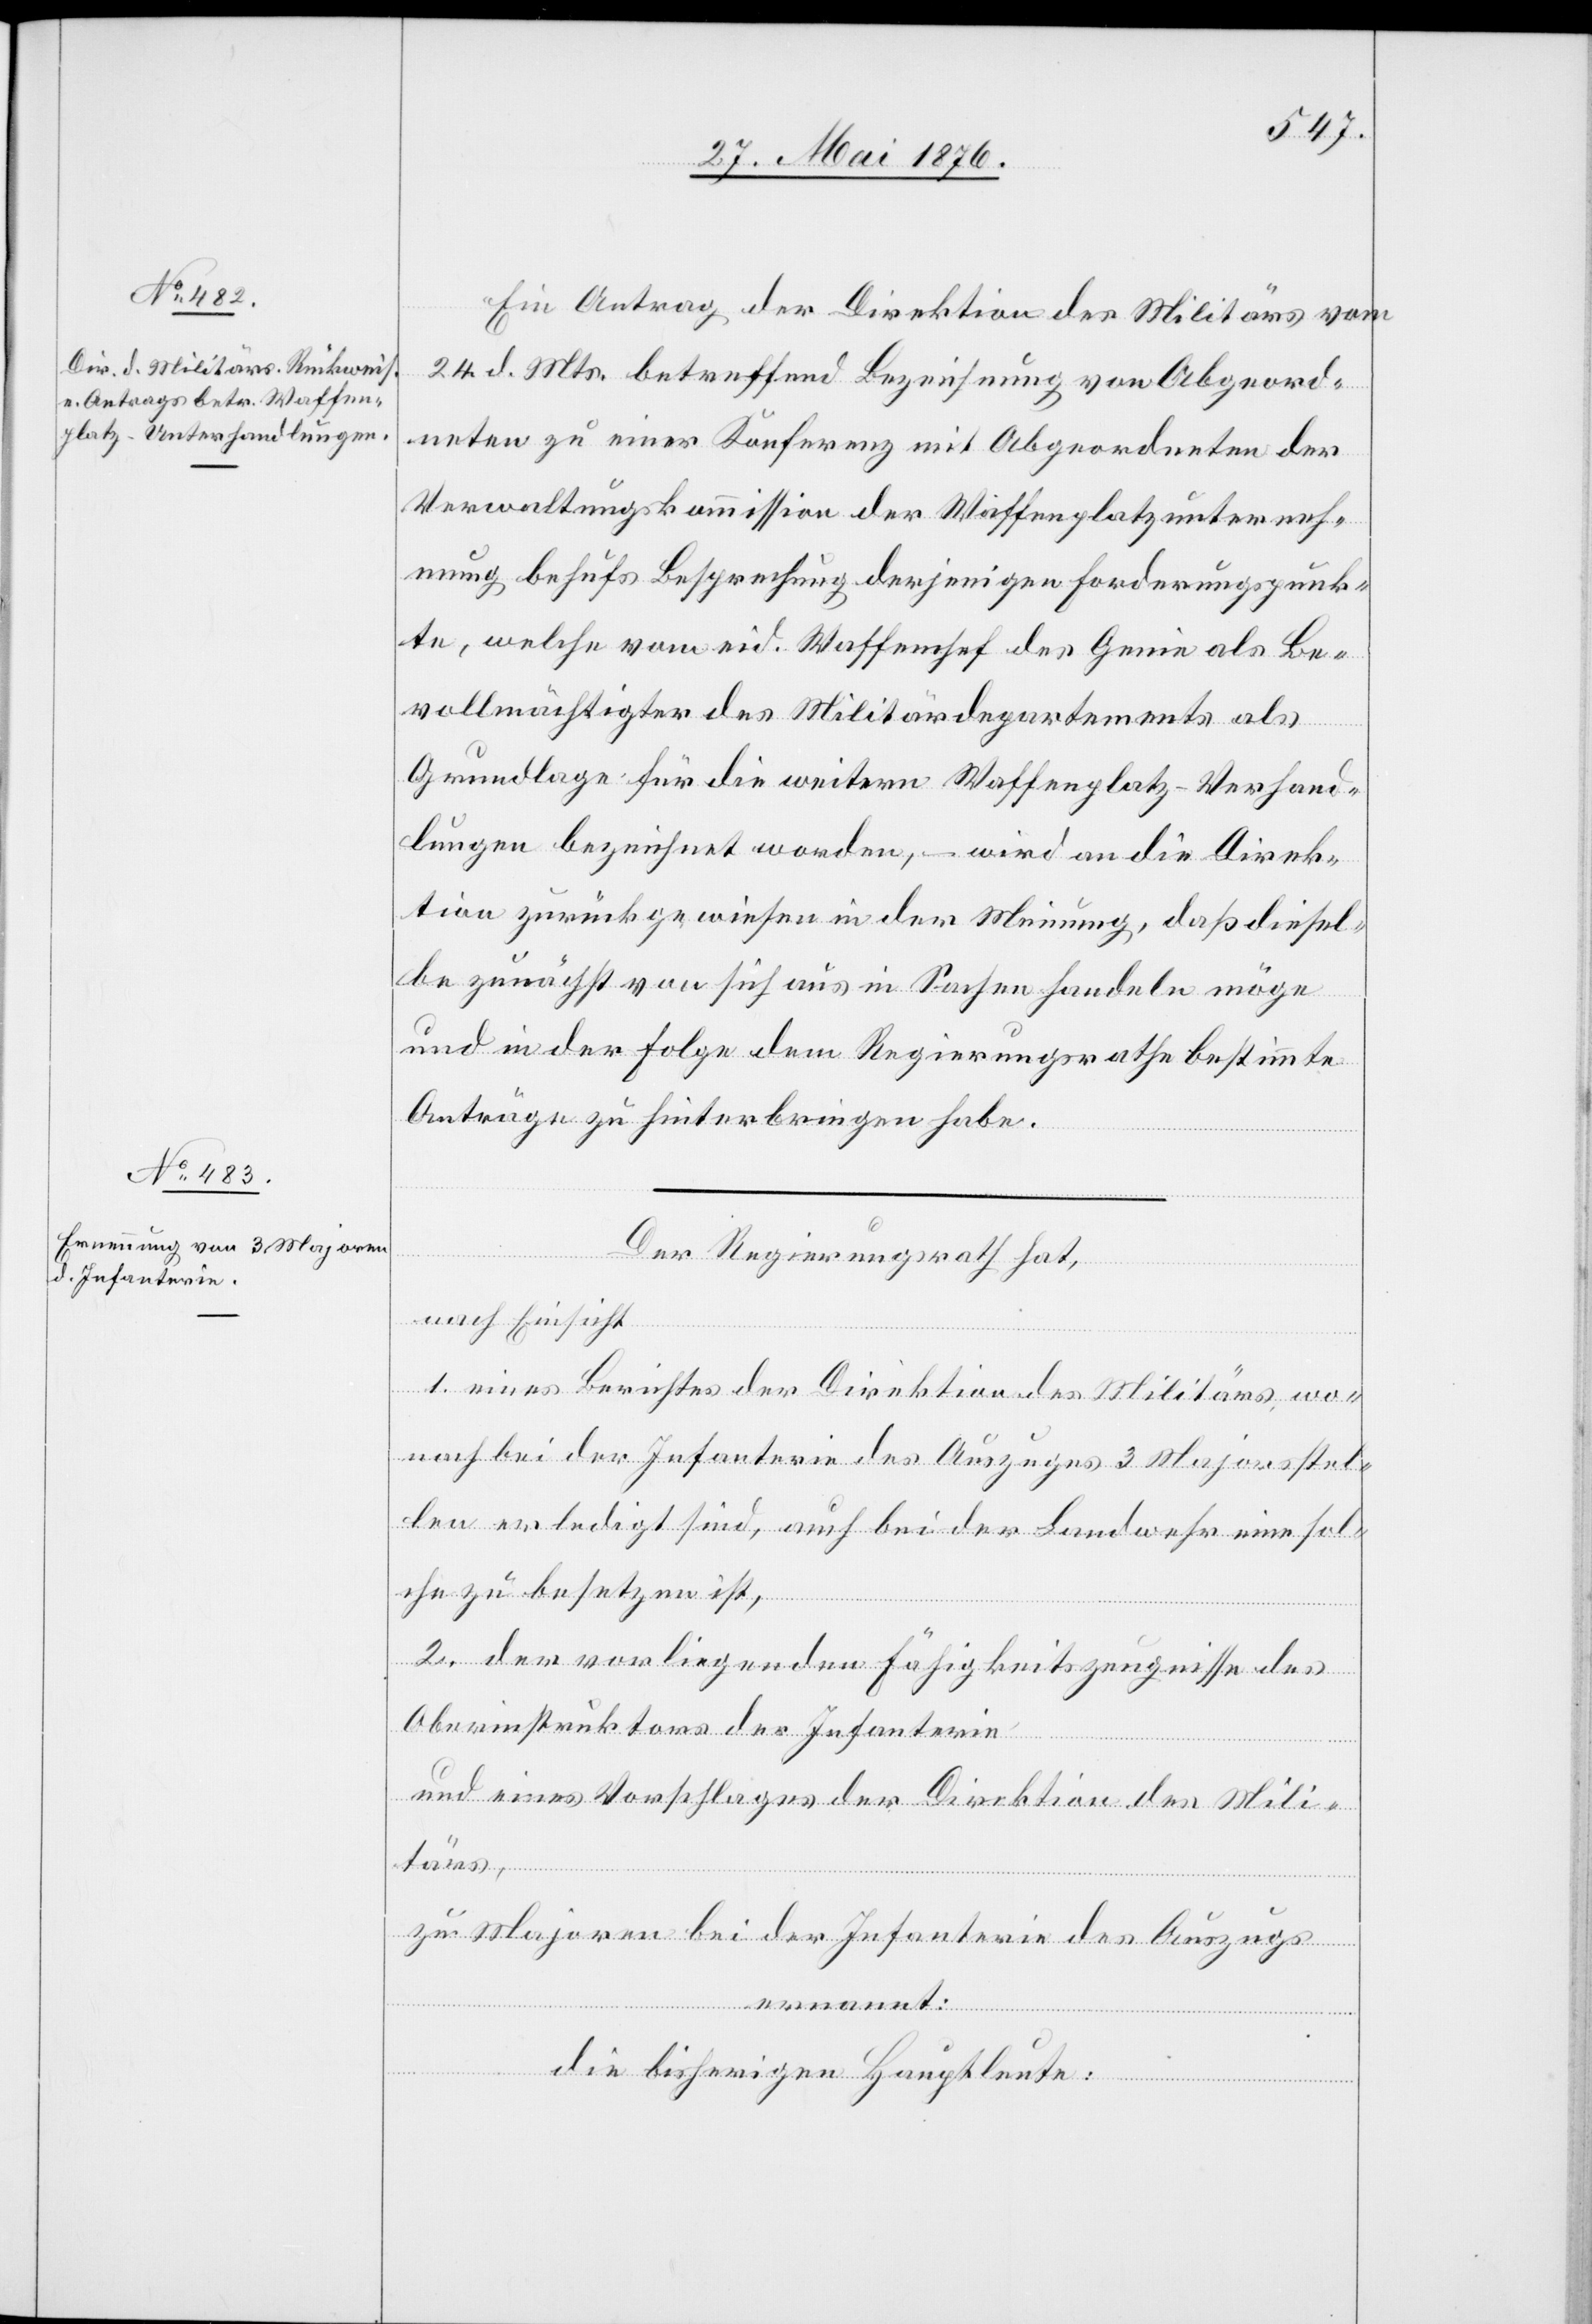
Ein Antrag der Direktion des Militärs vom
24. d. Mts. betreffend Bezeichnung vom Abgeord¬
neten zu einer Konferenz mit Abgeordneten der
Verwaltungskommission der Waffenplatzunterneh¬
mung behufs Besprechung derjenigen Forderungspunk¬
te, welche vom eid. Waffenchef des Genie als Be¬
vollmächtigter des Militärdepartements als
Grundlage für die weitern Waffenplatz-Verhand¬
lungen bezeichnet worden, – wird an die Direk¬
tion zurückgewiesen in der Meinung, daß diesel¬
be zunächst von sich aus in Sachen handeln möge
und in der Folge dem Regierungsrathe bestimmte
Anträge zu hinterbringen habe.
Der Regierungsrath hat,
nach Einsicht
1. eines Berichtes der Direktion des Militärs, wo¬
nach bei der Infanterie des Auszugs 3 Majorsstel¬
len erledigt sind, auch bei der Landwehr eine sol¬
che zu besetzen ist,
2. der vorliegenden Fähigkeitszeugnisse des
Oberinstruktors der Infanterie
und eines Vorschlages der Direktion des Mili¬
tärs,
zu Majoren bei der Infanterie des Auszugs
ernannt:
die bisherigen Hauptleute: